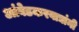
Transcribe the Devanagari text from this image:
आंबेडकरवाद्यांनी